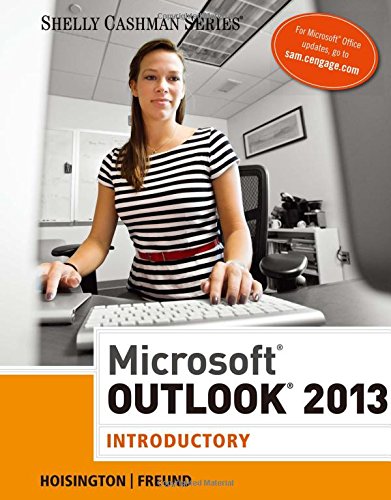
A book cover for Microsoft Outlook 2013: Introductory (Shelly Cashman); Corinne Hoisington; Computers & Technology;